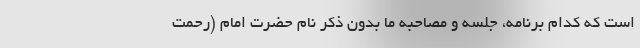
است که کدام برنامه، جلسه و مصاحبه ما بدون ذکر نام حضرت امام (رحمت